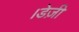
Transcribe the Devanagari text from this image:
।डेज़ी